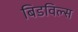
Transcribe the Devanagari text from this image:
बिडविल्स